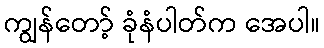
ကျွန်တော့် ခုံနံပါတ်က အေပါ။